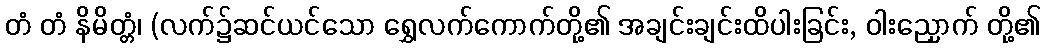
တံ တံ နိမိတ္တံ၊ (လက်၌ဆင်ယင်သော ရွှေလက်ကောက်တို့၏ အချင်းချင်းထိပါးခြင်း, ဝါးညှောက် တို့၏